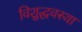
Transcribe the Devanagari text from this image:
विशुद्धवस्था